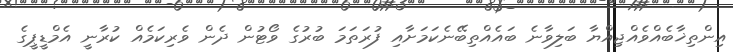
އިންތިޚާބެއްވެއްޖިއްޔާ ބަލިވާނެ ބައެއްތިބޭނެކަމަށާއި ފުރަތަމަ ބުރުގެ ވޯޓުން ދެން ވެރިކަމެއް ކުރާނީ އެމްޑީޕީގެ